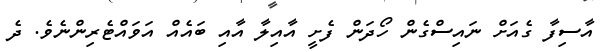
އާސިފާ ގެއަށް ނައިސްގެން ހޯދަން ފެށީ އާއިލާ އާއި ބައެއް އަވައްޓެރިންނެވެ. ދެ